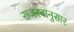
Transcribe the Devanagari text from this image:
राजस्वानुसार